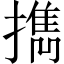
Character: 擕